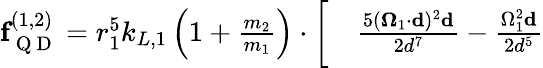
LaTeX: \begin{array}{rl}{\textbf{f}_{\mathrm{~Q~D~}}^{(1,2)}=r_{1}^{5}k_{L,1}\left(1+\frac{m_{2}}{m_{1}}\right)\cdot\bigg[}&{{}\frac{5(\mathbf{\Omega}_{1}\cdot\mathbf{d})^{2}\mathbf{d}}{2d^{7}}-\frac{\Omega_{1}^{2}\mathbf{d}}{2d^{5}}}\end{array}